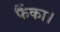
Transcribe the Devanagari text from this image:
फैंका।